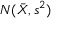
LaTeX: N ( { \bar { X } } , s ^ { 2 } )